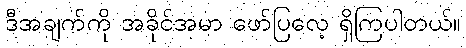
ဒီအချက်ကို အခိုင်အမာ ဖော်ပြလေ့ ရှိကြပါတယ်။